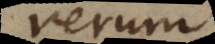
rerum.